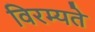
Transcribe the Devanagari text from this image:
विरम्यते